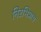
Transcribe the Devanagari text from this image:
निरभिप्राय